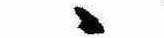
ゝ